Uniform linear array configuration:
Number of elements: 8
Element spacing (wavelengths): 0.75
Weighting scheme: hann
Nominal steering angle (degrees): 30
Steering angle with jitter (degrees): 30.684
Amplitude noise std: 0.05
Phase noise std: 0.05

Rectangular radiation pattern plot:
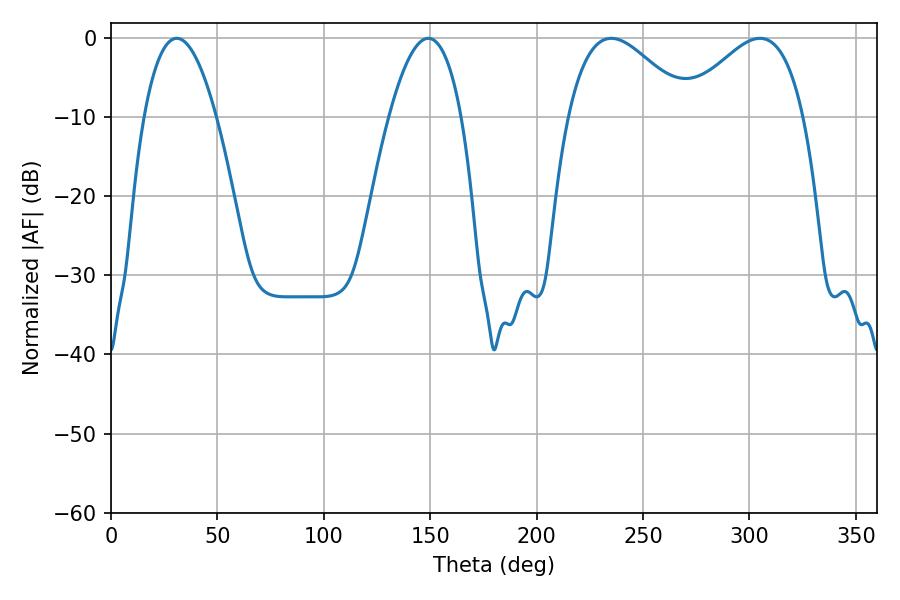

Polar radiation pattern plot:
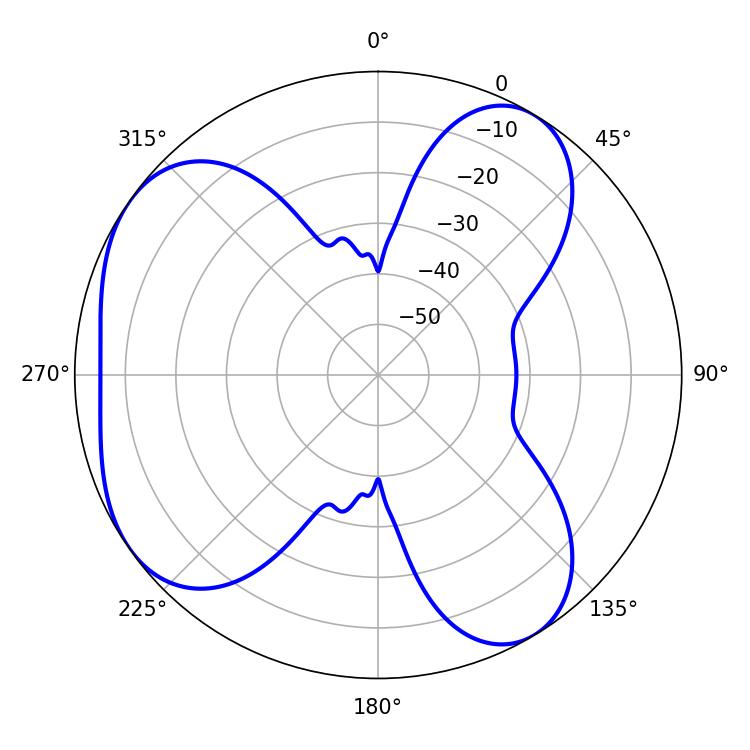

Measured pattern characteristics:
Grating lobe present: TRUE
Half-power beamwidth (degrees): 30.78
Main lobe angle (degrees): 235.08